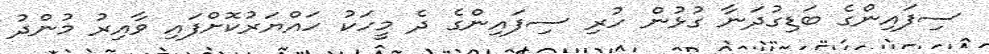
ސިފައިންގެ ބަޑިގުދަނާ ގުޅުން ހުރި ސިފައިންގެ ދެ މީހަކު ހައްޔަރުކޮށްފައި ވާއިރު މުންދު